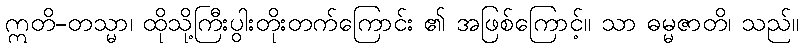
ဣတိ-တသ္မာ၊ ထိုသို့ကြီးပွါးတိုးတက်ကြောင်း ၏ အဖြစ်ကြောင့်။ သာ ဓမ္မဇာတိ၊ သည်။